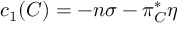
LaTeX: c _ { 1 } ( C ) = - n \sigma - \pi _ { C } ^ { * } \eta